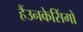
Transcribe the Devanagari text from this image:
हैंउनकेसिंगों